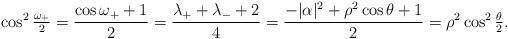
LaTeX: \begin{align*}\cos^2 \tfrac{\omega_+}{2} = \frac{\cos \omega_+ + 1}{2 }= \frac{\lambda_+ + \lambda_- + 2}{4} = {\frac{-|\alpha|^2 + \rho^2 \cos\theta+1}{2}} = \rho^2 \cos^2\tfrac\theta2.\end{align*}